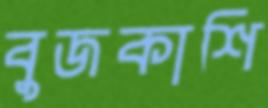
বুজকাশি